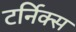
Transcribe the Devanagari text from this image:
टर्निक्स